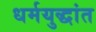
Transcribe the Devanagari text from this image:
धर्मयुद्धांत